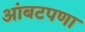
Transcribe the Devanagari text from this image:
आंबटपणा